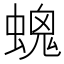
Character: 𧏩